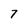
Character: 7